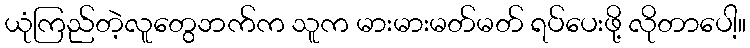
ယုံကြည်တဲ့လူတွေဘက်က သူက မားမားမတ်မတ် ရပ်ပေးဖို့ လိုတာပေါ့။